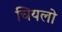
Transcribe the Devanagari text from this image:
चियलो